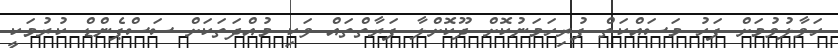
ހަވާލުވުމަށް ފަހު މަސައްކަތް ފުރިހަމަނުކޮށް ދޫކޮށްލާ ފަރާތްތައް ވަކި މުއްދަތަކަށް ސަސްޕެންޑް ކުރުމަކީ